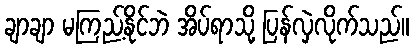
ချာချာ မကြည့်နိုင်ဘဲ အိပ်ရာသို့ ပြန်လှဲလိုက်သည်။